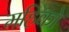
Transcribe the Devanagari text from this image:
महिको